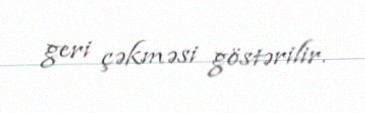
geri çəkməsi göstərilir.